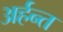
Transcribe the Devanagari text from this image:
अर्हन्त